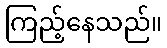
ကြည့်နေသည်။